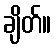
ချိတ်။